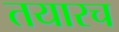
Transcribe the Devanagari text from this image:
तयारच